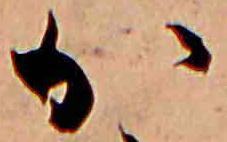
か